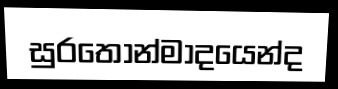
සුරතෝන්මාදයෙන්ද